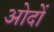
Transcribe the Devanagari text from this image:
ओदों